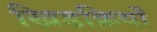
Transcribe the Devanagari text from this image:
खिडक़ियाँ